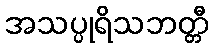
အသပ္ပုရိသဘတ္တီ